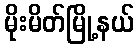
မိုးမိတ်မြို့နယ်